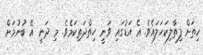
ހިތަށް ފިތާލިކަހަަލައެވެ. އެ އަޑުގައި ވަނީ ހިތްދަތިކަމެވެ. މި ދަނީ އޭ ބުނުމަށް